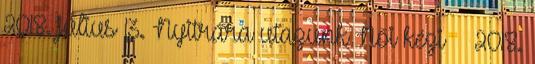
2018. július 13. Nyitrára utazunk Női kézi 2018.